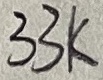
Text: 33K